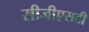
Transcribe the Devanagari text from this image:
सीजीएसटी